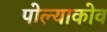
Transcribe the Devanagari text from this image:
पोल्याकोव